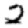
Digit: 2